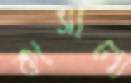
কাসানো